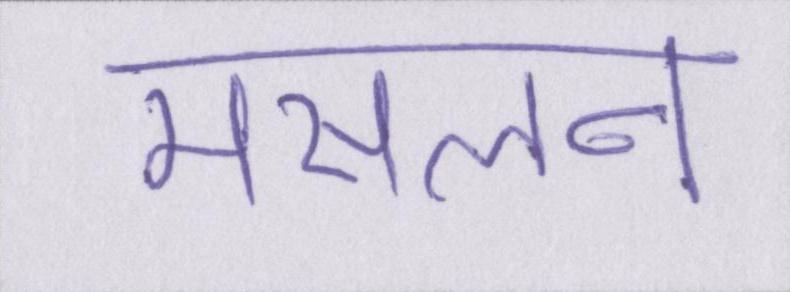
मसलन